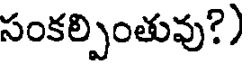
సంకల్పింతువు?)